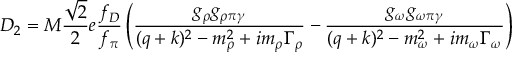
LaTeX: D _ { 2 } = M \frac { \sqrt { 2 } } { 2 } e \frac { f _ { D } } { f _ { \pi } } \left( \frac { g _ { \rho } g _ { \rho \pi \gamma } } { ( q + k ) ^ { 2 } - m _ { \rho } ^ { 2 } + i m _ { \rho } \Gamma _ { \rho } } - \frac { g _ { \omega } g _ { \omega \pi \gamma } } { ( q + k ) ^ { 2 } - m _ { \omega } ^ { 2 } + i m _ { \omega } \Gamma _ { \omega } } \right)